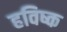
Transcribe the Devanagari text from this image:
हविष्क